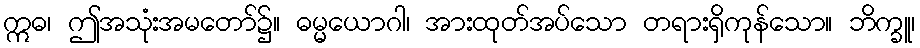
ဣဓ၊ ဤအသုံးအမတော်၌။ ဓမ္မယောဂါ၊ အားထုတ်အပ်သော တရားရှိကုန်သော။ ဘိက္ခူ၊